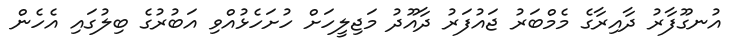
އުނގޫފާރު ދާއިރާގެ މެމްބަރު ޖައުފަރު ދާއޫދު މަޖިލީހަށް ހުށަހެޅުއްވި އަބުރުގެ ބިލުގައި އެހެން